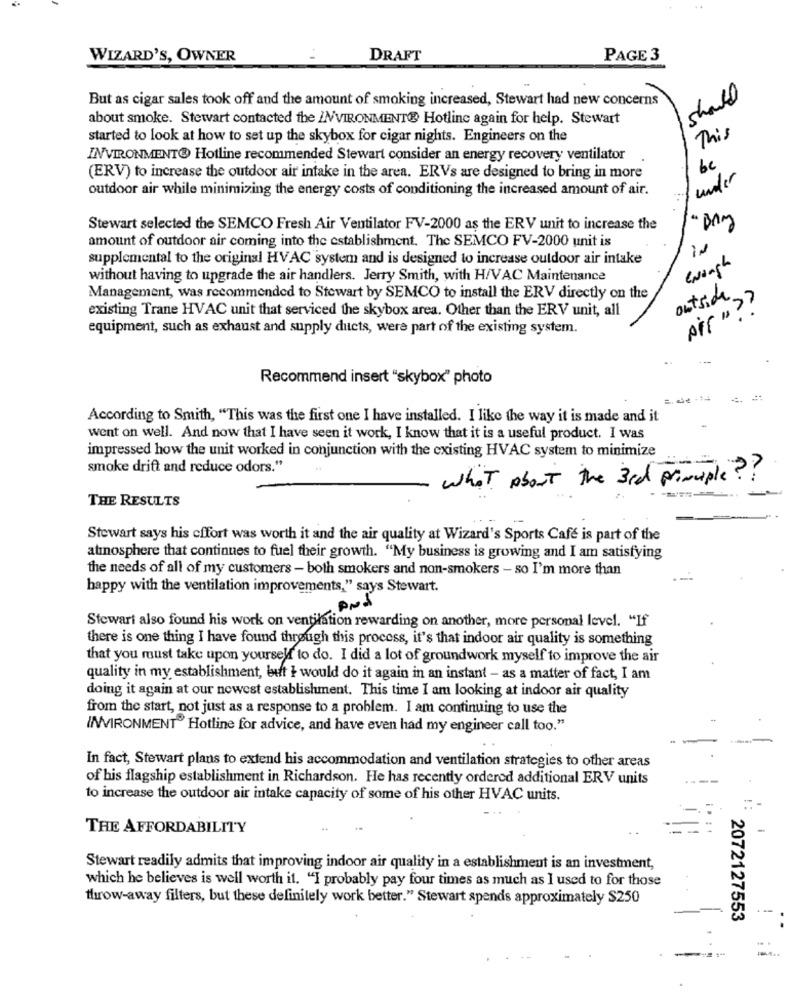
WIZARD'S, OWNER
DRAFT
PAGE 3
But as cigar sales took off and the amount of smoking increased, Stewart had new concerns
should
about smoke. Stewart contacted the ENVIRONMENT® Hotline again for help. Stewart
This
started to look at how to set up the skybox for cigar nights. Engineers on the
INVIRONMENTO Hotline recommended Stewart consider an energy recovery ventilator
be
(ERV) to increase the outdoor air intake in the area. ERVs are designed to bring in more
under
outdoor air while minimizing the energy costs of conditioning the increased amount of air.
Stewart selected the SEMCO Fresh Air Ventilator FV-2000 as the ERV unit to increase the
amount of outdoor air coming into the establishment. The SEMCO FV-2000 unit is
supplemental to the original HVAC system and is designed to increase outdoor air intake
Gingh
without having to upgrade the air handlers. Jerry Smith, with H/VAC Maintenance
outside
Management, was recommended to Stewart by SEMCO to install the ERV directly on the
pir " ??
existing Trane HVAC unit that serviced the skybox area. Other than the ERV unit, all
equipment, such as exhaust and supply ducts, were part of the existing system.
Recommend insert "skybox" photo
According to Smith, "This was the first one I have installed. I like the way it is made and it
went on well. And now that I have seen it work, I know that it is a useful product. I was
impressed how the unit worked in conjunction with the existing HVAC system to minimize
smoke drift and reduce odors."
what About the 3rd principle?
THE RESULTS
Stewart says his cffort was worth it and the air quality at Wizard's Sports Cafe is part of the
atmosphere that continues to fuel their growth. "My business is growing and I am satisfying
the needs of all of my customers - both smokers and non-smokers - so I'm more than
happy with the ventilation improvements," says Stewart.
And
Stewart also found his work on ventilation rewarding on another, more personal level. "If
there is one thing I have found through this process, it's that indoor air quality is something
that you must take upon yourself to do. I did a lot of groundwork myself to improve the air
quality in my establishment, but I would do it again in an instant - as a matter of fact, I am
doing it again at our newest establishment. This time I am looking at indoor air quality
from the start, not just as a response to a problem. I am continuing to use the
INVIRONMENT" Hotline for advice, and have even had my engineer call too."
In fact, Stewart plans to extend his accommodation and ventilation strategies to other areas
of his flagship establishment in Richardson. He has recently ordered additional ERV units
to increase the outdoor air intake capacity of some of his other HVAC units.
THE AFFORDABILITY
Stewart readily admits that improving indoor air quality in a establishment is an investment,
which he believes is well worth it. "I probably pay four times as much as I used to for those
throw-away filters, but these definitely work better." Stewart spends approximately $250
2072127553
. .